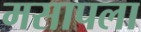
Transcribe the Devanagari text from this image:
मसापला